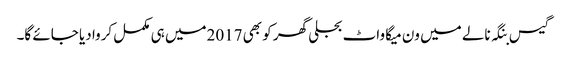
گیس بنگہ نالے میں ون میگا واٹ بجلی گھر کو بھی 2017میں ہی مکمل کروا دیا جائے گا۔